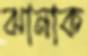
ঝানাক